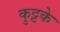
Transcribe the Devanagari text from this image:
कुट्टके